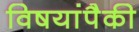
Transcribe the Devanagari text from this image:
विषयांपैकी